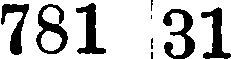
781 31